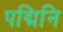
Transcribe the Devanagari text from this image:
पद्मिनि